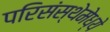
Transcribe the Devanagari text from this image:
परिसंस्थेमेध्ये